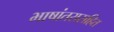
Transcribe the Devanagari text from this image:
भाषांतरासहित